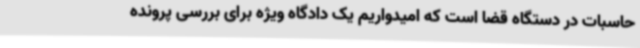
حاسبات در دستگاه قضا است که امیدواریم یک دادگاه ویژه برای بررسی پرونده